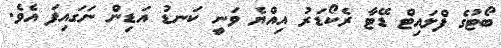
ބޯޓުގެ ފްލައިޓް ޑޭޓާ ރެކޯޑަރު އިއްޔެ ވަނީ ކަނޑު އަޑިން ނަގައިފަ އެވެ.